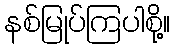
နစ်မြုပ်ကြပါစို့။